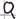
Text: Q